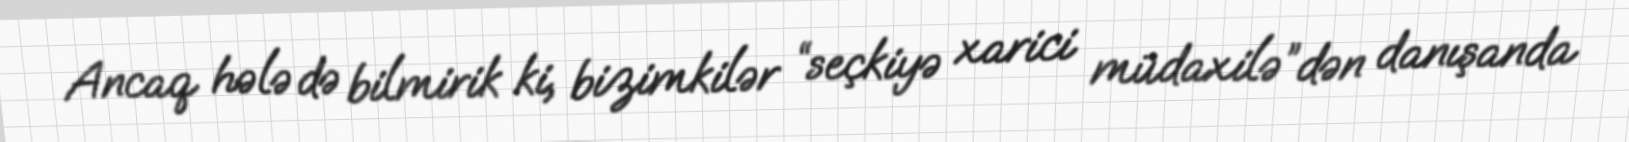
Ancaq hələ də bilmirik ki, bizimkilər “seçkiyə xarici müdaxilə”dən danışanda